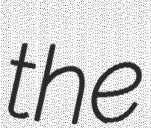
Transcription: the